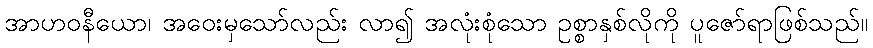
အာဟဝနီယော၊ အဝေးမှသော်လည်း လာ၍ အလုံးစုံသော ဥစ္စာနှစ်လိုကို ပူဇော်ရာဖြစ်သည်။